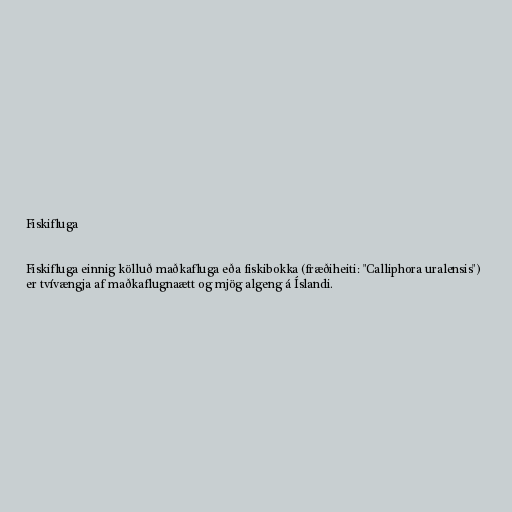
Fiskifluga

Fiskifluga einnig kölluð maðkafluga eða fiskibokka (fræðiheiti: "Calliphora uralensis")
er tvívængja af maðkaflugnaætt og mjög algeng á Íslandi.